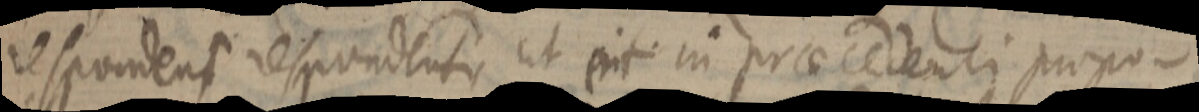
respondens respondentis ut erit in praecedenti propo-